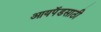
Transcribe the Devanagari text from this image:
आयपॅडसाठी